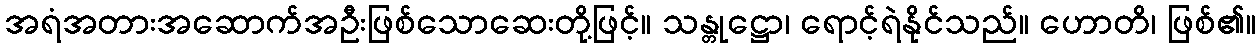
အရံအတားအဆောက်အဦးဖြစ်သောဆေးတို့ဖြင့်။ သန္တုဋ္ဌော၊ ရောင့်ရဲနိုင်သည်။ ဟောတိ၊ ဖြစ်၏။